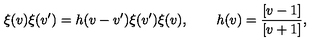
\xi ( v ) \xi ( v ^ { \prime } ) = h ( v - v ^ { \prime } ) \xi ( v ^ { \prime } ) \xi ( v ) , \qquad h ( v ) = \frac { [ v - 1 ] } { [ v + 1 ] } ,